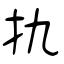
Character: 扏